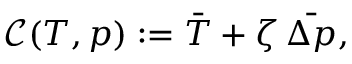
\mathcal { C } ( T , p ) : = \bar { T } + \zeta \, \bar { \Delta p } ,